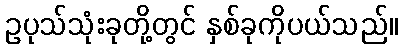
ဥပုသ်သုံးခုတို့တွင် နှစ်ခုကိုပယ်သည်။